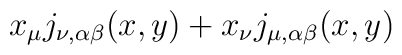
x_{\mu}j_{\nu,\alpha\beta}(x,y) +x_{\nu}j_{\mu,\alpha\beta}(x,y)